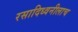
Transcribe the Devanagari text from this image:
रसादिध्वनीलाच